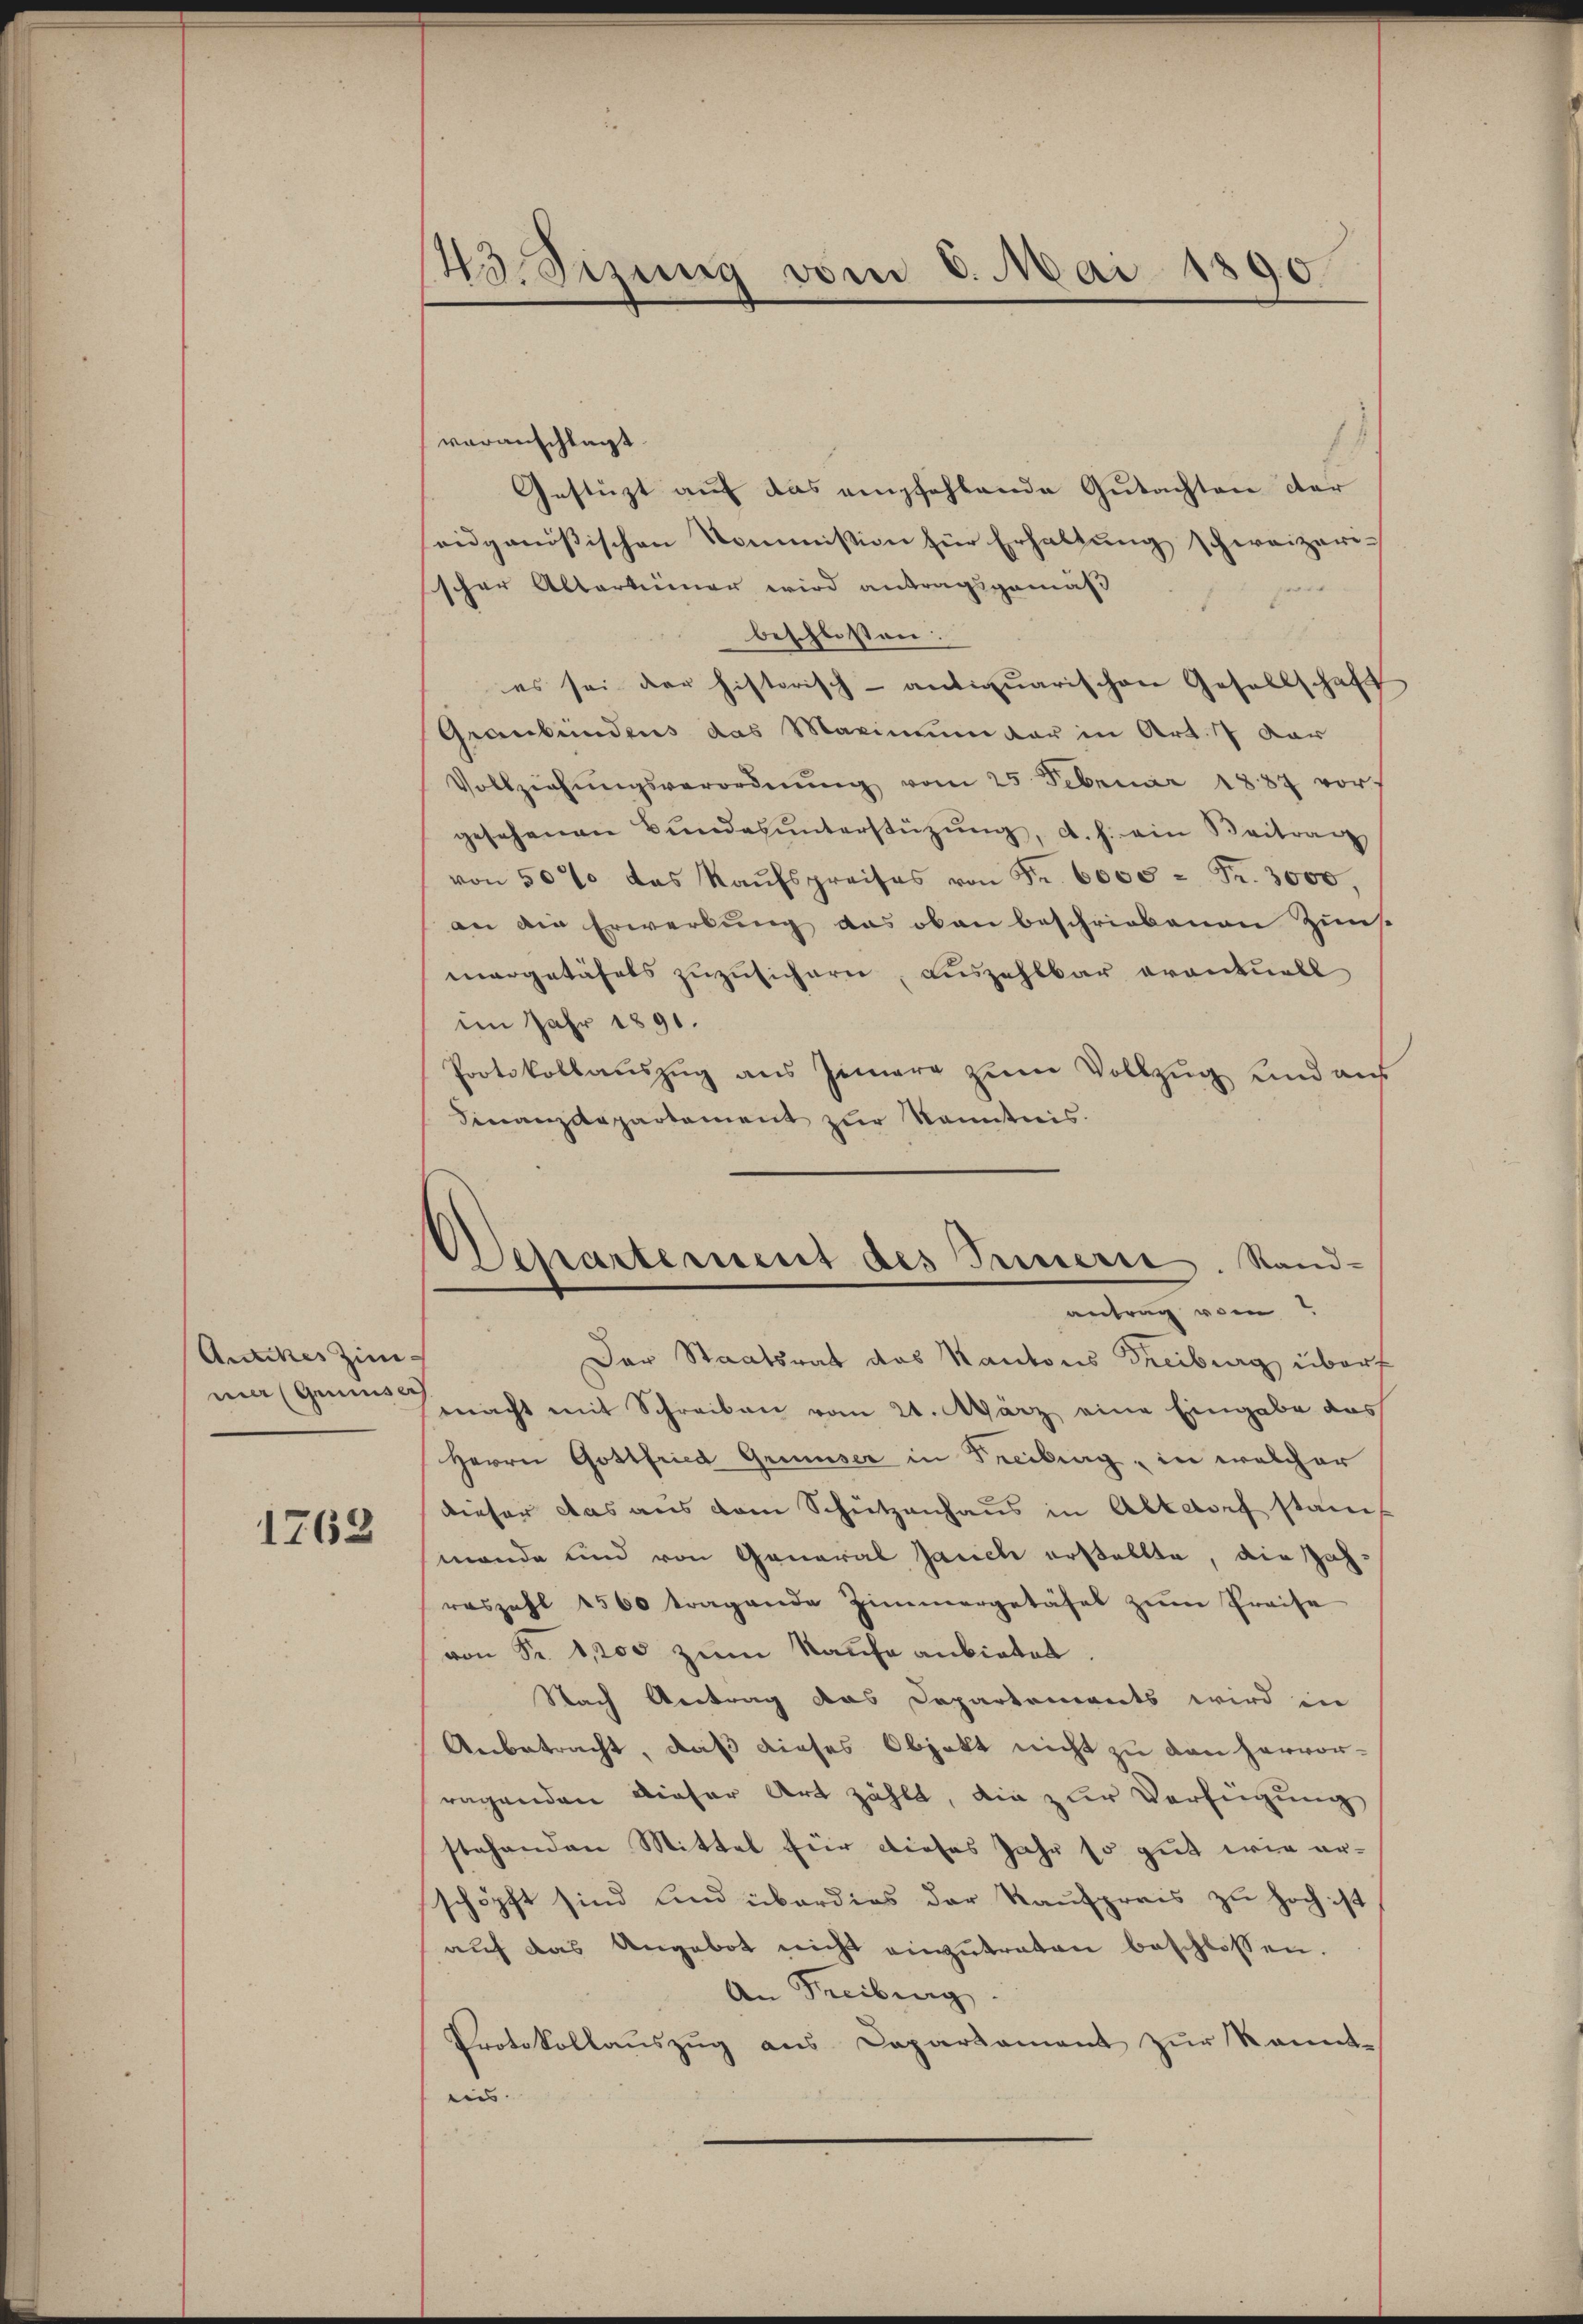
Ansches Zimma Gemüse

1762

43. Sizung vom 8. Mai 1890.

Departement des Innern. Stand-
antrag vom

voranschlägt.
Gestüzt auf das empfehlende Gutachten der
eidgenößischen Kommission für Erhaltung schweizeri-
scher Altertümer wird antragsgemäß
beschlossen:
es sei der historisch-antiquarischen Gesellschaft
Graubündens das Maximum der in Art. 17 dar
Vollziehŭngsverordnŭng vom 25. Februar 1887 vor-
gesehenen Bŭnde ŭnterstützŭng, d. h. ein Beitrag
von 50% das Kaŭfspreises von Fr. 6005 = Fr. 3000,
an die Erwerbung das oben beschriebenen Zins
margetäfels zuzusichern, auszahlbar eventuell
im Jahr 1891.
Protokollauszug aus Zimere zum Vollzug und aus
Finanzdepartament zur Kenntnis.
Der Staatsrat das Kantons Freiburg überf
macht mit Schreiben vom 21. März eine Eingabe das
Herrn Gottfried Grimser in Treiburg, in welcher
dieser das aus dem Schützenhaus in Altdorf stamt
mande und von General Jauch erstellte, die Zahraszahl 1500 tragende Zimmergetäfel zŭm Preise
von Fr. 1,200 zum Kaufe anbietet.
Nach Antrag das Departements wird in
Anbetracht, daß dieses Objekt nicht zu den hervorragenden dieser Art zählt, die zur Verfügung
stehenden Mittel für dieses Jahr so gut wie erschöpft sind und überdies der Kaufpreis zu hoch ist
aŭf das Angebot nicht einzŭtraten beschlossen.
An Freiburg.
Protokollauszug aus Caparsament zur kannt-
ein